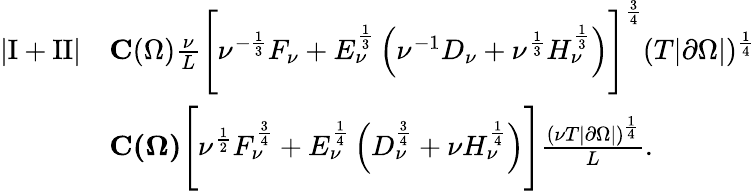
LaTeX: \begin{array}{rl}{\left\lvert\mathrm I+\mathrm{II}\right\rvert}&{\le C(\Omega)\frac\nu L\Biggl[\nu^{-\frac 13}F_{\nu}+E_{\nu}^{\frac 13}\left(\nu^{-1}D_{\nu}+\nu^{\frac 13}H_{\nu}^{\frac 13}\right)\Biggr]^{\frac 34}(T|\partial\Omega|)^{\frac 14}}\\ &{\le{C(\Omega)}\Biggl[\nu^{\frac 12}F_{\nu}^{\frac 34}+E_{\nu}^{\frac 14}\left(D_{\nu}^{\frac 34}+\nu H_{\nu}^{\frac 14}\right)\Biggr]\frac{(\nu T|\partial\Omega|)^{\frac 14}}L.}\end{array}